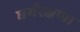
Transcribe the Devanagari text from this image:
धर्मरक्षणा